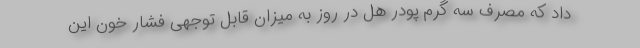
داد که مصرف سه گرم پودر هل در روز به میزان قابل توجهی فشار خون این